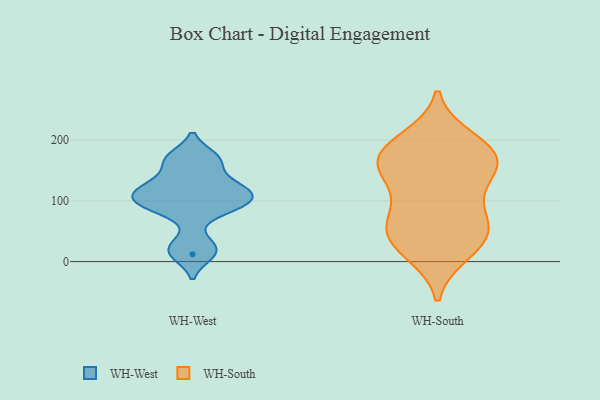
{"axis": {"x": "Waste Production (Tons)", "y": "Value"}, "legend": ["WH-South", "WH-West"], "data": [{"x": "", "y": 171, "type": "WH-West"}, {"x": "", "y": 94, "type": "WH-West"}, {"x": "", "y": 102, "type": "WH-West"}, {"x": "", "y": 26, "type": "WH-West"}, {"x": "", "y": 165, "type": "WH-West"}, {"x": "", "y": 12, "type": "WH-West"}, {"x": "", "y": 127, "type": "WH-West"}, {"x": "", "y": 110, "type": "WH-West"}, {"x": "", "y": 86, "type": "WH-West"}, {"x": "", "y": 123, "type": "WH-West"}, {"x": "", "y": 180, "type": "WH-South"}, {"x": "", "y": 200, "type": "WH-South"}, {"x": "", "y": 16, "type": "WH-South"}, {"x": "", "y": 172, "type": "WH-South"}, {"x": "", "y": 50, "type": "WH-South"}, {"x": "", "y": 88, "type": "WH-South"}, {"x": "", "y": 38, "type": "WH-South"}, {"x": "", "y": 170, "type": "WH-South"}, {"x": "", "y": 134, "type": "WH-South"}, {"x": "", "y": 67, "type": "WH-South"}, {"x": "", "y": 62, "type": "WH-South"}, {"x": "", "y": 151, "type": "WH-South"}, {"x": "", "y": 148, "type": "WH-South"}, {"x": "", "y": 26, "type": "WH-South"}, {"x": "", "y": 184, "type": "WH-South"}]}